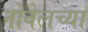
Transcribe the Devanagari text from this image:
नोवेलच्या